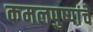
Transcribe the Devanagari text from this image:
कमलपुष्पांचे